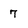
Character: 7